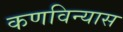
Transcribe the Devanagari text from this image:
कणविन्यास